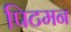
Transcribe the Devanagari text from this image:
पिटमन